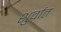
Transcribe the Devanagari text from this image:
शुर्वात